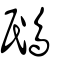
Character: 鴖